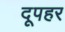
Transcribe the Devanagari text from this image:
दूपहर